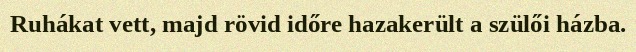
Ruhákat vett, majd rövid időre hazakerült a szülői házba.